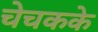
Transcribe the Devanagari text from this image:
चेचकके